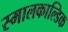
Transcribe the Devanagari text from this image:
स्मालकाल्डिक